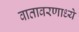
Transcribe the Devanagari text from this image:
वातावरणाध्ये